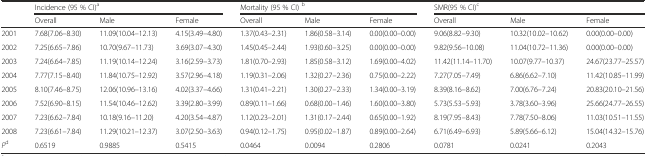
<table><thead><tr><td rowspan="2"></td><td colspan="3"><b>Incidence (95 % CI)<sup>a</sup></b></td><td colspan="3"><b>Mortality (95 % CI) <sup>b</sup></b></td><td colspan="3"><b>SMR(95 % CI)<sup>c</sup></b></td></tr><tr><td><b>Overall</b></td><td><b>Male</b></td><td><b>Female</b></td><td><b>Overall</b></td><td><b>Male</b></td><td><b>Female</b></td><td><b>Overall</b></td><td><b>Male</b></td><td><b>Female</b></td></tr></thead><tbody><tr><td>2001</td><td>7.68(7.06–8.30)</td><td>11.09(10.04–12.13)</td><td>4.15(3.49–4.80)</td><td>1.37(0.43–2.31)</td><td>1.86(0.58–3.14)</td><td>0.00(0.00–0.00)</td><td>9.06(8.82–9.30)</td><td>10.32(10.02–10.62)</td><td>0.00(0.00–0.00)</td></tr><tr><td>2002</td><td>7.25(6.65–7.86)</td><td>10.70(9.67–11.73)</td><td>3.69(3.07–4.30)</td><td>1.45(0.45–2.44)</td><td>1.93(0.60–3.25)</td><td>0.00(0.00–0.00)</td><td>9.82(9.56–10.08)</td><td>11.04(10.72–11.36)</td><td>0.00(0.00–0.00)</td></tr><tr><td>2003</td><td>7.24(6.64–7.85)</td><td>11.19(10.14–12.24)</td><td>3.16(2.59–3.73)</td><td>1.81(0.70–2.93)</td><td>1.85(0.58–3.12)</td><td>1.69(0.00–4.02)</td><td>11.42(11.14–11.70)</td><td>10.07(9.77–10.37)</td><td>24.67(23.77–25.57)</td></tr><tr><td>2004</td><td>7.77(7.15–8.40)</td><td>11.84(10.75–12.92)</td><td>3.57(2.96–4.18)</td><td>1.19(0.31–2.06)</td><td>1.32(0.27–2.36)</td><td>0.75(0.00–2.22)</td><td>7.27(7.05–7.49)</td><td>6.86(6.62–7.10)</td><td>11.42(10.85–11.99)</td></tr><tr><td>2005</td><td>8.10(7.46–8.75)</td><td>12.06(10.96–13.16)</td><td>4.02(3.37–4.66)</td><td>1.31(0.41–2.21)</td><td>1.30(0.27–2.33)</td><td>1.34(0.00–3.19)</td><td>8.39(8.16–8.62)</td><td>7.00(6.76–7.24)</td><td>20.83(20.10–21.56)</td></tr><tr><td>2006</td><td>7.52(6.90–8.15)</td><td>11.54(10.46–12.62)</td><td>3.39(2.80–3.99)</td><td>0.89(0.11–1.66)</td><td>0.68(0.00–1.46)</td><td>1.60(0.00–3.80)</td><td>5.73(5.53–5.93)</td><td>3.78(3.60–3.96)</td><td>25.66(24.77–26.55)</td></tr><tr><td>2007</td><td>7.23(6.62–7.84)</td><td>10.18(9.16–11.20)</td><td>4.20(3.54–4.87)</td><td>1.12(0.23–2.01)</td><td>1.31(0.17–2.44)</td><td>0.65(0.00–1.92)</td><td>8.19(7.95–8.43)</td><td>7.78(7.50–8.06)</td><td>11.03(10.51–11.55)</td></tr><tr><td>2008</td><td>7.23(6.61–7.84)</td><td>11.29(10.21–12.37)</td><td>3.07(2.50–3.63)</td><td>0.94(0.12–1.75)</td><td>0.95(0.02–1.87)</td><td>0.89(0.00–2.64)</td><td>6.71(6.49–6.93)</td><td>5.89(5.66–6.12)</td><td>15.04(14.32–15.76)</td></tr><tr><td><i>P</i><sup>d</sup></td><td>0.6519</td><td>0.9885</td><td>0.5415</td><td>0.0464</td><td>0.0094</td><td>0.2806</td><td>0.0781</td><td>0.0241</td><td>0.2043</td></tr></tbody></table>